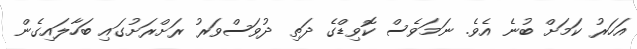
އަހަރު ކަމަށް ބުނެ އެވެ. ނަމަވެސް ކޮވިޑްގެ ދަތި ދުވަސްވަރު ރަށްރަށުގައި ބަހާލައިގެން